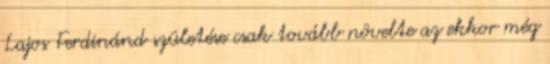
Lajos Ferdinánd születése csak tovább növelte az ekkor még